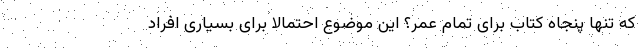
که تنها پنجاه کتاب برای تمام عمر؟ این موضوع احتمالاً برای بسیاری افراد